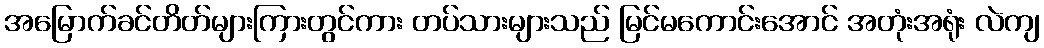
အမြောက်ခင်တိတ်များကြားတွင်ကား တပ်သားများသည် မြင်မကောင်းအောင် အတုံးအရုံး လဲကျ